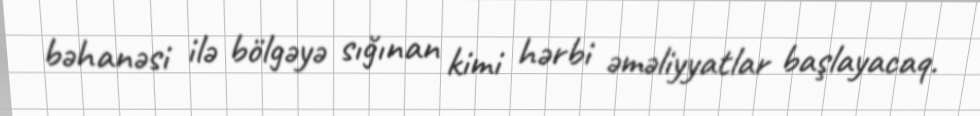
bəhanəsi ilə bölgəyə sığınan kimi hərbi əməliyyatlar başlayacaq.